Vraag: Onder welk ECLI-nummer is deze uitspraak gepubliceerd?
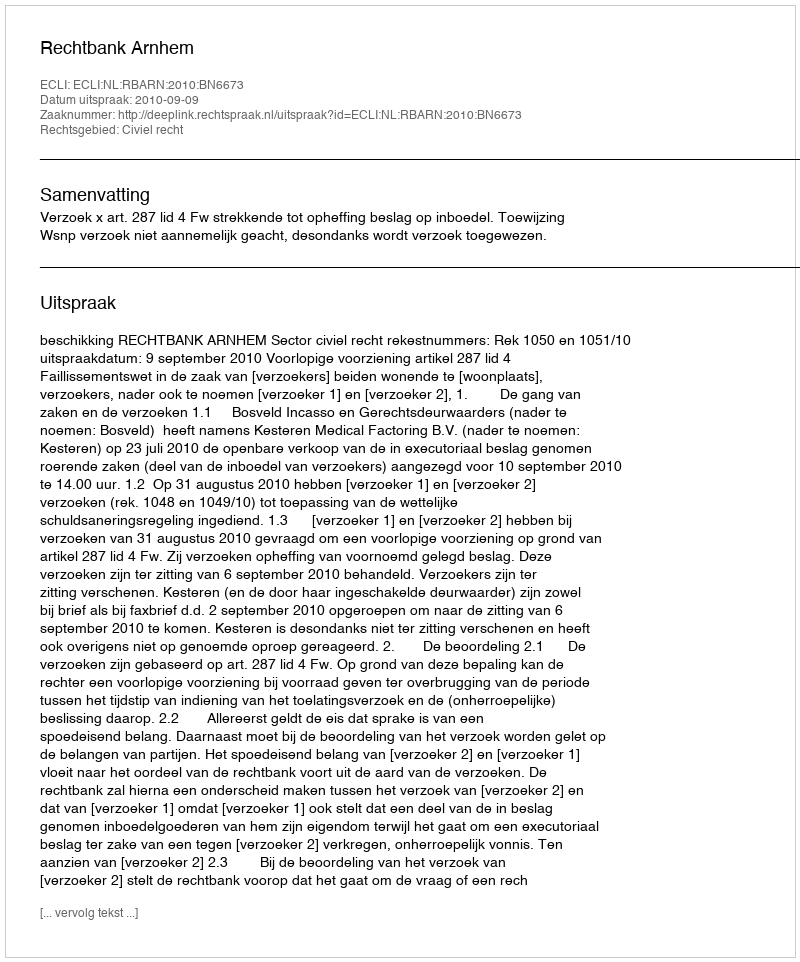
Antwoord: ECLI:NL:RBARN:2010:BN6673